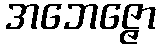
အဘေဇ္ဇော